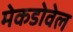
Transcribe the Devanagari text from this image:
मेकडोवेल